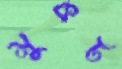
মুকট